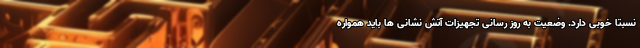
نسبتا خوبی دارد. وضعیت به روز رسانی تجهیزات آتش نشانی ها باید همواره